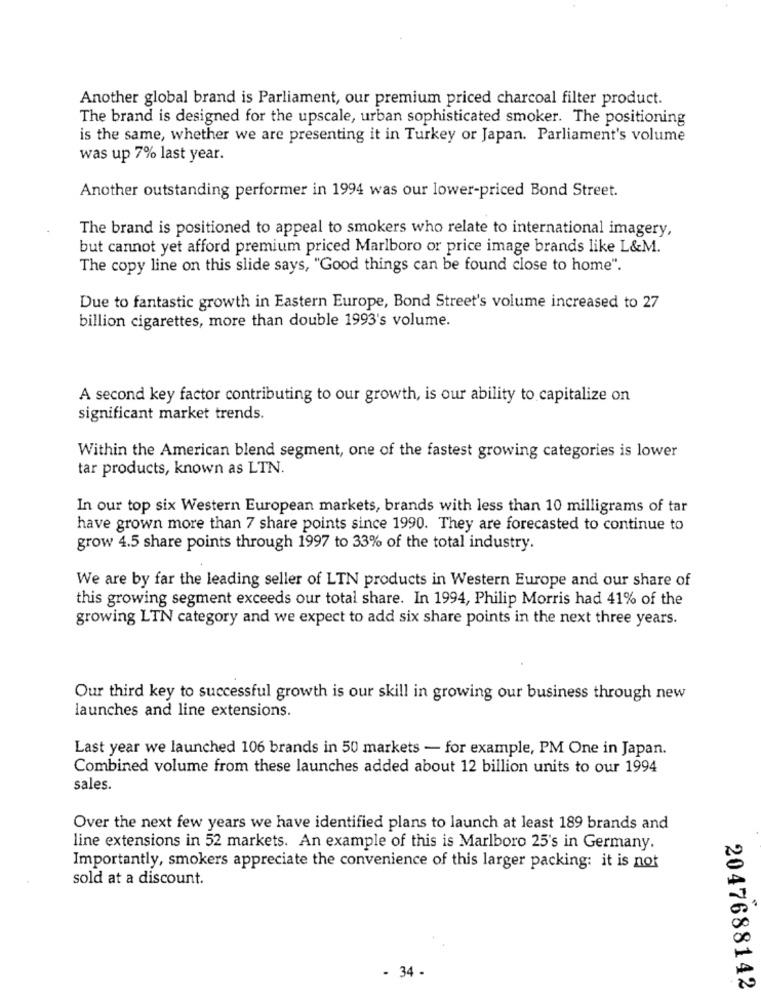
Another global brand is Parliament, our premium priced charcoal filter product.
The brand is designed for the upscale, urban sophisticated smoker. The positioning
is the same, whether we are presenting it in Turkey or Japan. Parliament's volume
was up 7% last year.
Another outstanding performer in 1994 was our lower-priced Bond Street.
The brand is positioned to appeal to smokers who relate to international imagery,
but cannot yet afford premium priced Marlboro or price image brands like L&M.
The copy line on this slide says, "Good things can be found close to home".
Due to fantastic growth in Eastern Europe, Bond Street's volume increased to 27
billion cigarettes, more than double 1993's volume.
A second key factor contributing to our growth, is our ability to capitalize on
significant market trends.
Within the American blend segment, one of the fastest growing categories is lower
tar products, known as LTN.
In our top six Western European markets, brands with less than 10 milligrams of tar
have grown more than 7 share points since 1990. They are forecasted to continue to
grow 4.5 share points through 1997 to 33% of the total industry.
We are by far the leading seller of LTN products in Western Europe and our share of
this growing segment exceeds our total share. In 1994, Philip Morris had 41% of the
growing LTN category and we expect to add six share points in the next three years.
Our third key to successful growth is our skill in growing our business through new
launches and line extensions.
Last year we launched 106 brands in 50 markets - for example, PM One in Japan.
Combined volume from these launches added about 12 billion units to our 1994
sales.
Over the next few years we have identified plans to launch at least 189 brands and
line extensions in 52 markets. An example of this is Marlboro 25's in Germany.
Importantly, smokers appreciate the convenience of this larger packing: it is not
sold at a discount.
- 34 -
2047688142